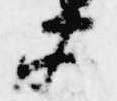
衛